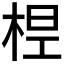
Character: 𣒋